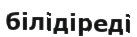
білідіреді